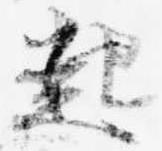
起